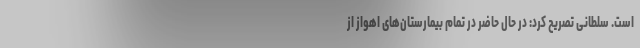
است. سلطانی تصریح کرد: در حال حاضر در تمام بیمارستان‌های اهواز از